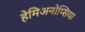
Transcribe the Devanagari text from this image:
हेमिअनोप्सिया